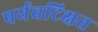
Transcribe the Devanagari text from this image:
पर्यवटिक्षत